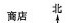
商店北